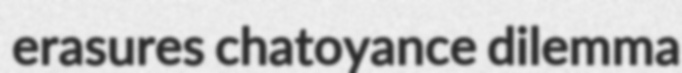
erasures chatoyance dilemma